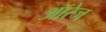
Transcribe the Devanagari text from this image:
ऑरेज